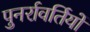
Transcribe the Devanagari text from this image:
पुनर्रावर्तियों